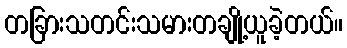
တခြားသတင်းသမားတချို့ယူခဲ့တယ်။